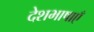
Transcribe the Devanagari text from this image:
देशभाषाएँ